Civil Veterinary Department Bihar & Orissa reports 1929-36 - 1929-1936
Year: 1929
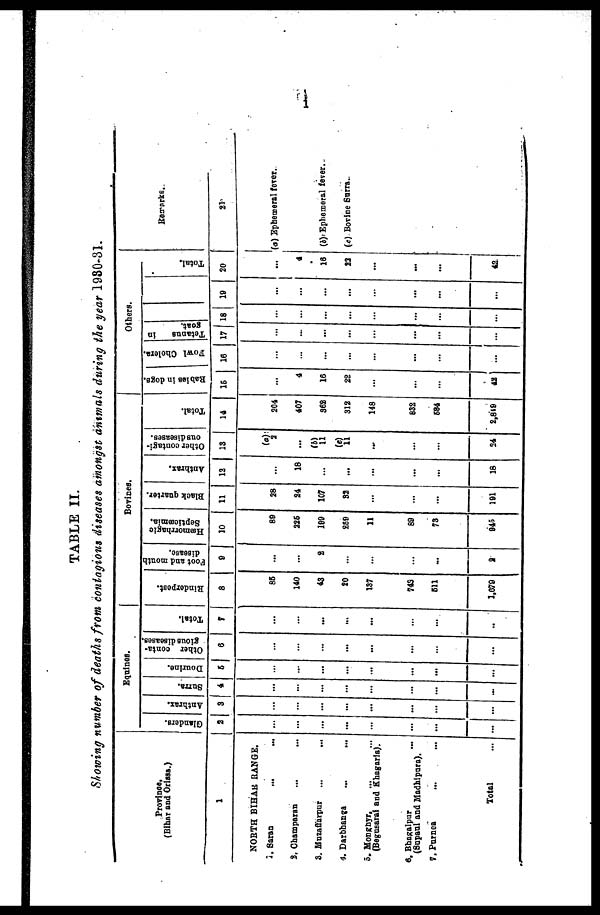
1
TABLE II.
Showing number of deaths from contagious diseases amongst animals during the year 1930-31.
Province.
(Bihar and Orissa.)
1
NORTH BIHAR RANGE.
1. Saran ... ...
2. Champaran ... ...
3. Muzaffarpur
...
...
4. Darbhanga ... ...
5. Monghyr ... ...
(Begusaral and Khagarla).
6, Bhagalpur ...
(Supaul and Madhipura).
7. Purnea ... ...
Total ...
Equines.
Glanders.
2
...
...
...
...
...
...
...
...
Anthrax.
3
...
...
...
...
...
...
...
...
Surra.
4
...
...
...
...
...
...
...
...
Dourine.
5
...
...
...
...
...
...
...
...
Other conta-
gious diseases.
6
...
...
...
...
...
...
...
...
Total.
8
...
...
...
...
...
...
...
...
Bovines.
Rinderpest.
8
85
140
43
20
187
748
511
1,679
Foot and mouth
disease.
9
...
...
2
...
...
...
...
2
Hæmorrhagic
Septicæmia.
10
89
226
199
269
11
89
73
945
Black quarter.
11
28
24
107
32
...
...
...
191
Anthrax.
12
...
18
...
...
...
...
...
18
Other contagi-
ous diseases.
13
(a)
2
...
(b)
11
(c)
11
...
...
...
24
Total.
14
204
407
362
312
148
632
684
2,819
Others.
Rabies in dogs.
15
...
4
16
22
...
...
...
42
Fowl Cholera.
16
...
...
...
...
...
...
...
...
Tetanus
in
goat.
17
...
...
...
...
...
...
...
...
18
...
...
...
...
...
...
...
...
19
...
...
...
...
...
...
...
...
Total.
20
...
4
16
23
...
...
...
42
Remarks.
21
(a) Ephemeral fever.
(b) Ephemeral fever.
(e) Bovine Surra.